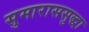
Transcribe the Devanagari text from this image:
सुमाराससुद्धा